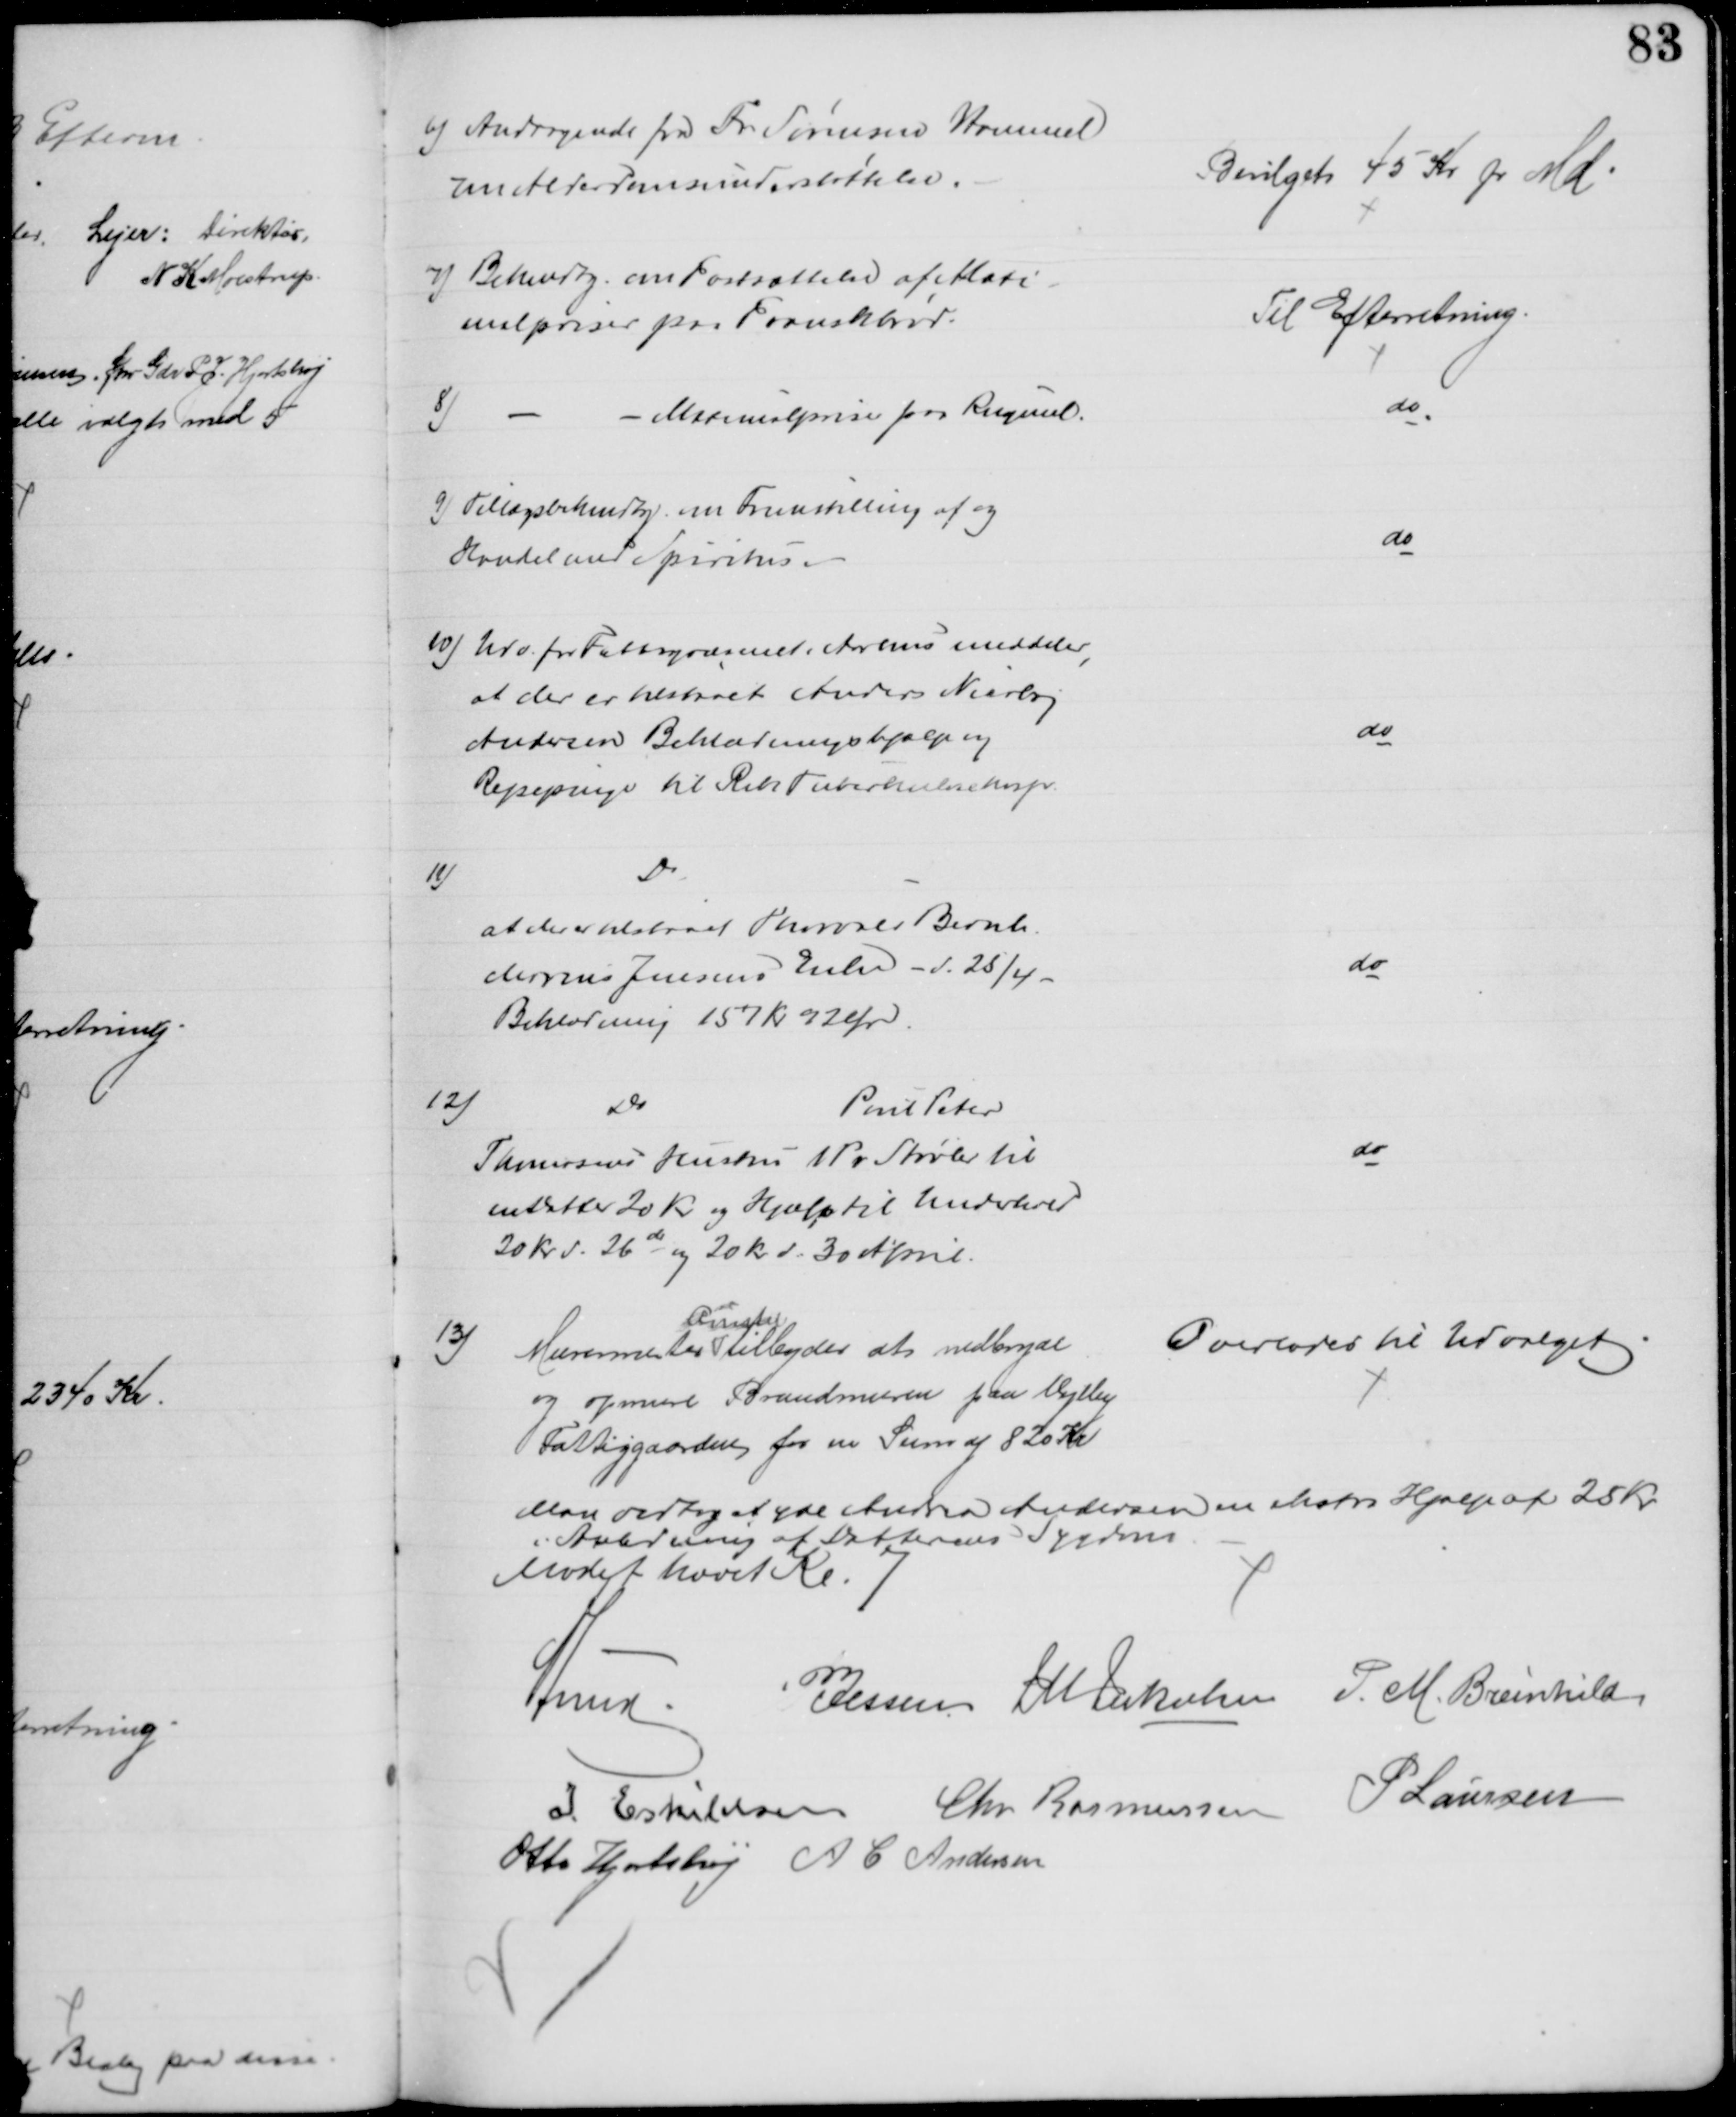
Transskription:
6) Andragende fra Fr. Sørensen Hammel
om Alderdomsunderstøttelse.
Bevilget 45 Kr pr Md
7) Bekendtg. om Fastsættelse af Maxi-
malpriser paa Franskbrød.
Til Efterretning.
8)
Maximalpriser paa Rugmel.
do
2) Tillægsbekendtg. om Fremstilling af og
Handel med Spiritus.
do
10) Udv. for Fattigvæsenet i Aarhus meddeler,
at der er tilstaaet Anders Nicolaj
Andersen Beklædningshjælp og
Rejsepenge til Ribe Tuberkulosehosp.
do
11)
Do
at der er tilstaaet Thorvald Bernh.
Marius Jensens Enke - d. 25/4
Beklædning 157 Kr 92 Ør.
do
12)
Do
Poul Peter
Thomsens Hustru 1 Pr Støvler til
en Datter 20 Kr. og Hjælp til Underhold
20 Kr d. 26de og 20 Kr d. 30 April.
do
13)
Murermester 
Qvintel
tilbyder at nedbryde
og opmure Brandmuren paa Vejlby
Fattiggaarden for en Sum af 820 Kr
Overlodes til Udvalget
Man vedtog at yde Andrea Andersen en ekstra Hjælp af 25 Kr.
i Anledning af Datterens Sygdom
Mødet hævet Kl. 7
A Lund P Jessen J M Jakobsen P. M. Breinhild
I. Eskildsen Chr. Rasmussen P Laursen
Otto Hjortshøj A C Andersen